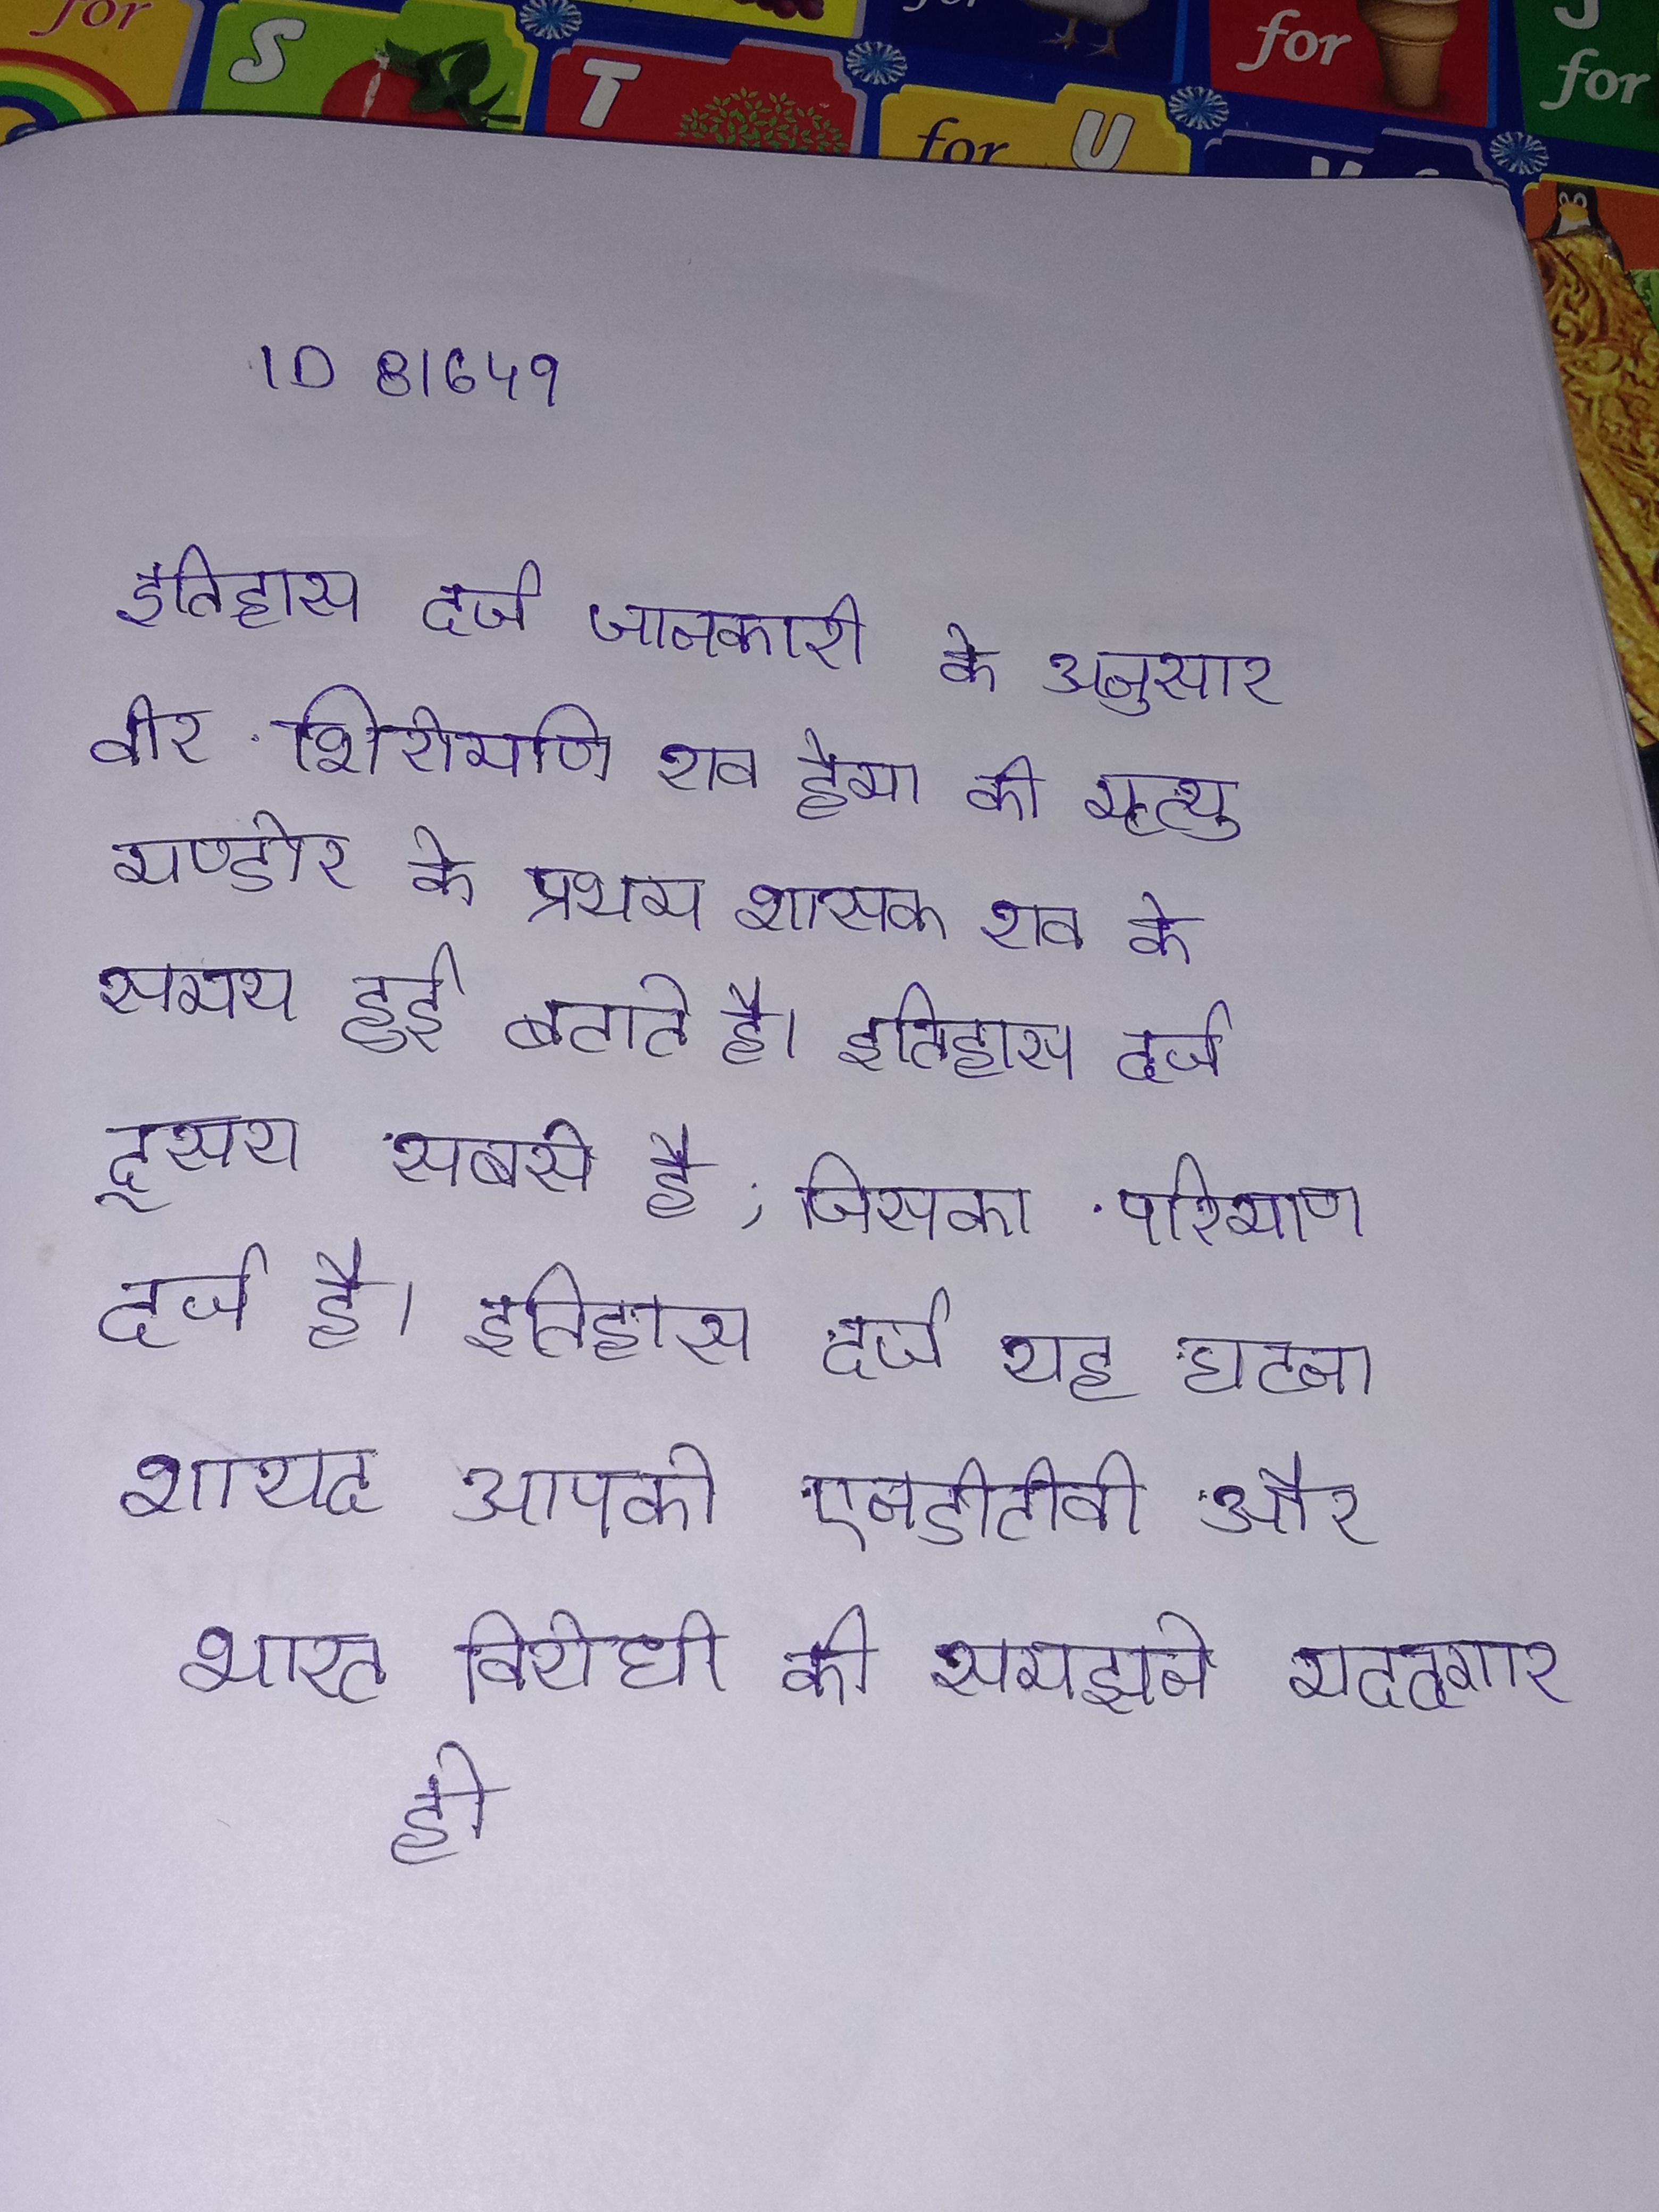
इतिहास दर्ज जानकारी के अनुसार वीर शिरोमणि राव हेमा की मृत्यु मण्डोर के प्रथम शासक राव के समय हुई बताते है । इतिहास दर्ज दूसरा सबसे है, जिसका परिमाण दर्ज है । इतिहास दर्ज यह घटना शायद आपको एनडीटीवी और भारत विरोधी की समझने मददगार हो .